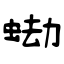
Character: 蜐